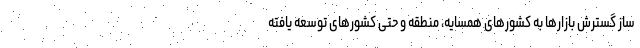
ساز گسترش بازارها به کشورهای همسایه، منطقه و حتی کشورهای توسعه یافته